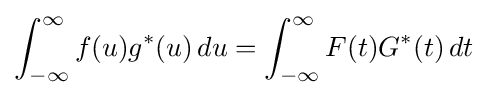
\int _{-\infty }^{\infty }f(u)g^{*}(u)\,du=\int _{-\infty }^{\infty }F(t)G^{*}(t)\,dt